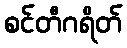
စင်တီဂရိတ်